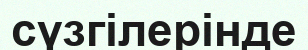
сүзгілерінде